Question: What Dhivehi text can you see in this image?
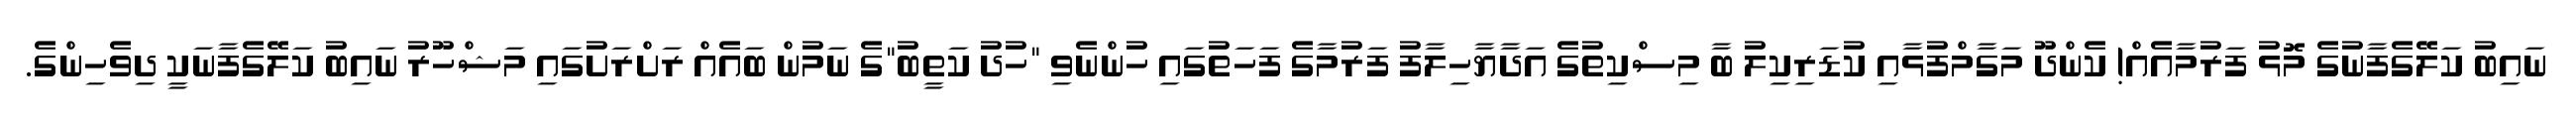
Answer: ނައިބު ކަލޭގެފާނުގެ މޮޅު ފަރުމާއެއް! ކެންދޫ މަގާމްފުޅާއި ކުޑަރިކިލު ބާ މިސްކިތުގެ އަދާޔާހިލާފު ފަރުމާގެ ފަހަތުގައި ހުންނެވި "ހުދު ކަތީބު"ގެ ނަމުން ބައެއް ރަށްރަށުގައި މަޝްހޫރު ނައިބު ކަލޭގެފާނަކީ ދިވެހިންގެ.